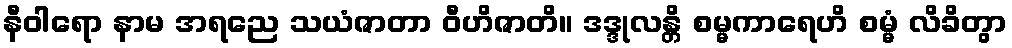
နီဝါရော နာမ အရညေ သယံဇာတာ ဝီဟိဇာတိ။ ဒဒ္ဒုလန္တိ စမ္မကာရေဟိ စမ္မံ လိခိတွာ